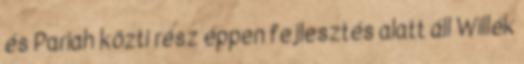
és Pariah közti rész éppen fejlesztés alatt áll Willék